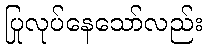
ပြုလုပ်နေသော်လည်း